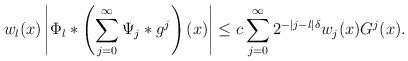
LaTeX: \begin{align*} w_l(x)\left|\Phi_l\ast\left(\sum_{j=0}^\infty\Psi_j\ast g^j\right)(x)\right|\leq c\sum_{j=0}^\infty2^{-|j-l|\delta}w_j(x)G^j(x).\end{align*}